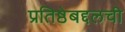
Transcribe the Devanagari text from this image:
प्रतिष्ठेबद्दलची